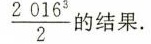
\frac { 2016 ^ { 3 } } { 2 }$$ 的结果.